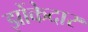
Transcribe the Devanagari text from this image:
झोंकेदार